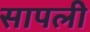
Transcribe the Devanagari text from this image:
सापली